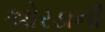
ઓરડાની